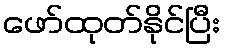
ဖော်ထုတ်နိုင်ပြီး